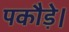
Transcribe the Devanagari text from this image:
पकौड़े।